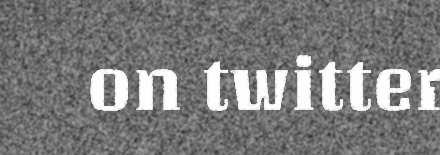
on twitter